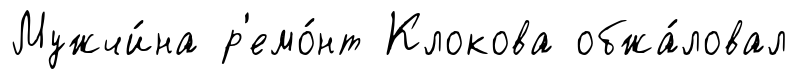
Мужчи́на р'емо́нт Клокова обжа́ловал